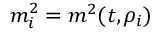
m _ { i } ^ { 2 } = m ^ { 2 } ( t , \rho _ { i } )